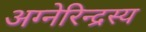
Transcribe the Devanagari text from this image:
अग्नेरिन्द्रस्य